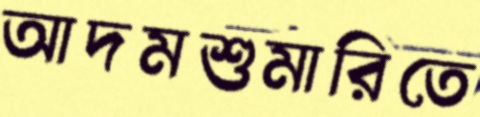
আদমশুমারিতে